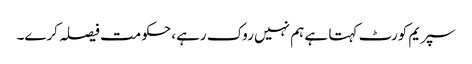
سپریم کورٹ کہتا ہے ہم نہیں روک رہے، حکومت فیصلہ کرے۔